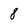
Character: 8